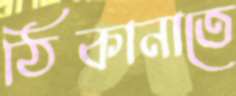
ঠিকানাতে